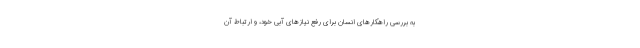
به بررسی راهکارهای انسان‌ برای رفع نیازهای آبی خود‌، و ارتباط آن